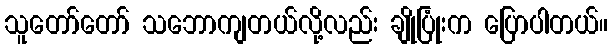
သူတော်တော် သဘောကျတယ်လို့လည်း ချိုပြုံးက ပြောပါတယ်။